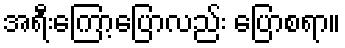
အရီးကြော့ပြောလည်း ပြောစရာ။